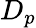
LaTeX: D_{p}